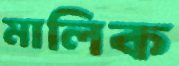
মালিক